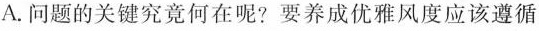
A.问题的关键究竟何在呢？要养成优雅风度应该遵循